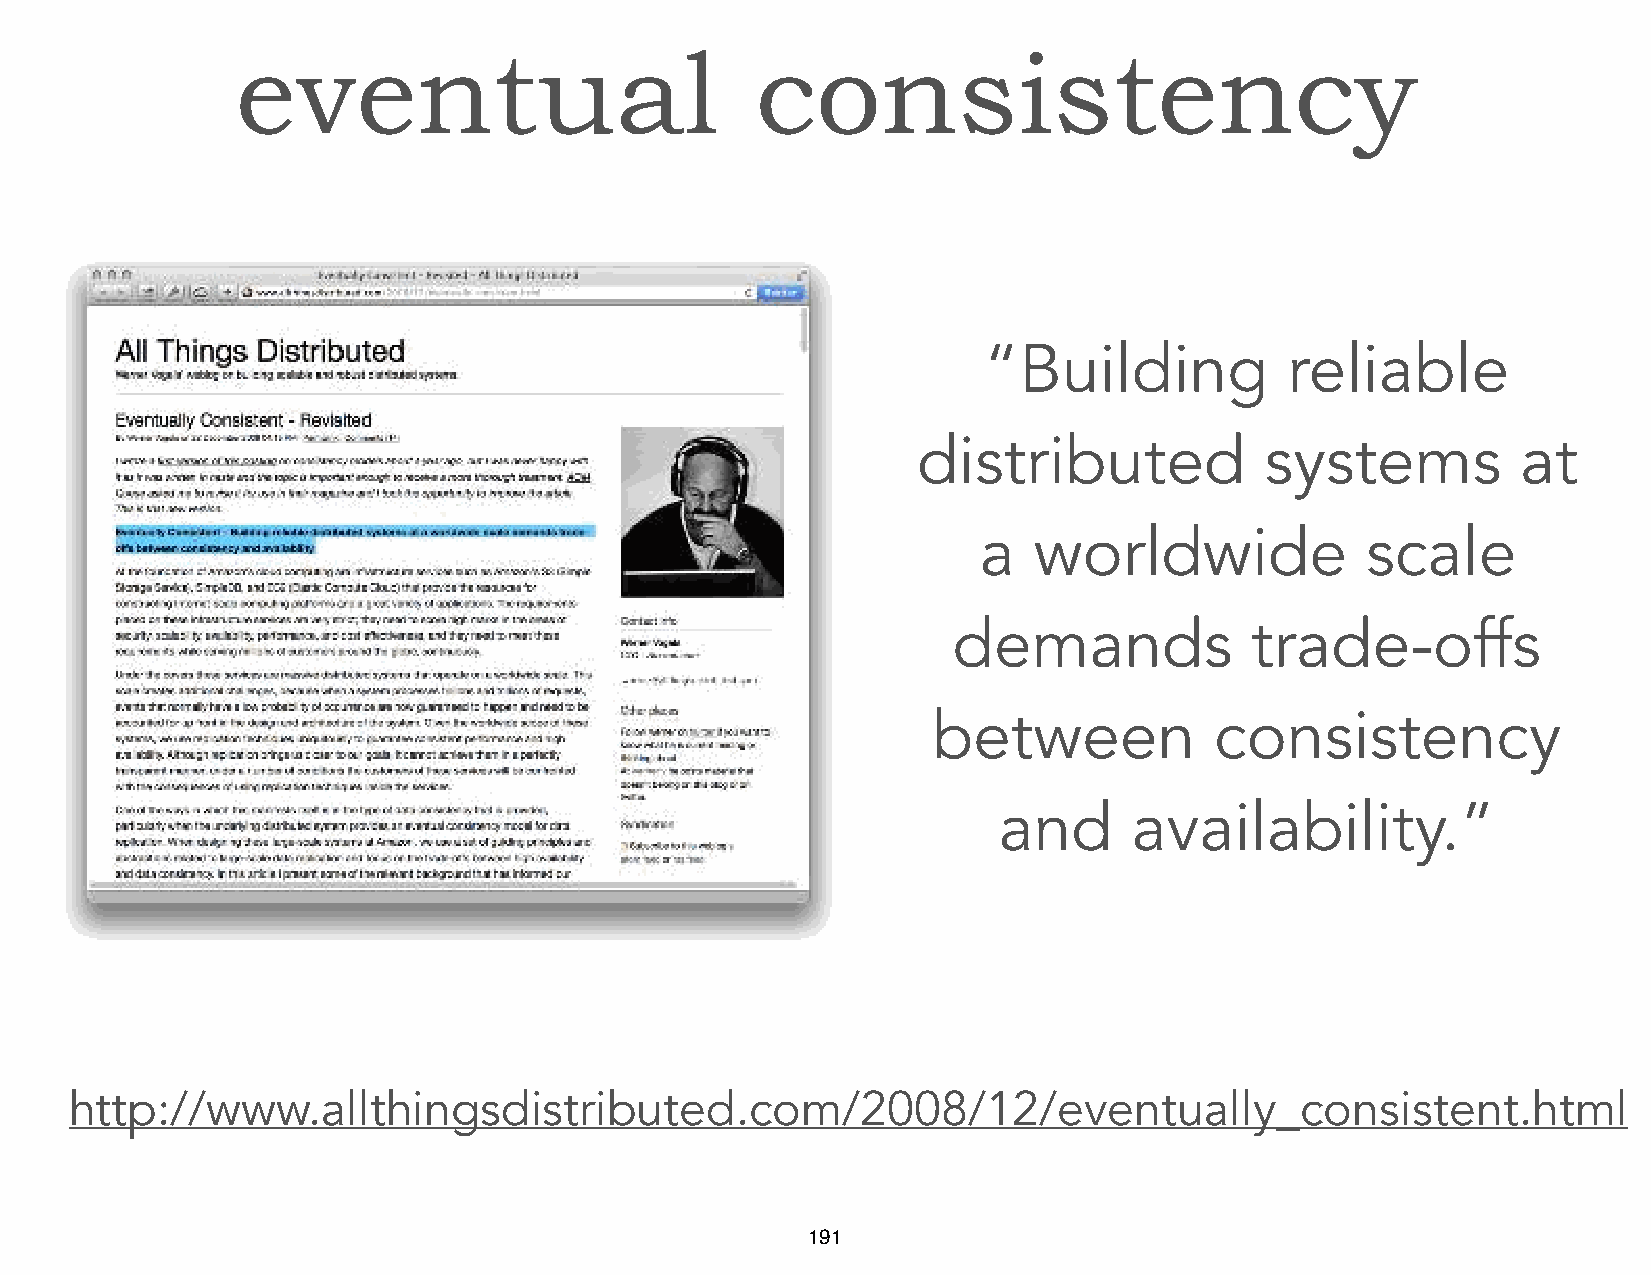
eventual                          consistency
 “Building           reliable
 distributed            systems          at
 a  worldwide             scale
 demands             trade-offs
 between           consistency
 and      availability.”
 http://www.allthingsdistributed.com/2008/12/eventually_consistent.html
 191